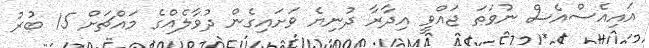
އައިއެސްއެސް ނުވަތަ ޖައްވީ އިދާރާ ދުނިޔެ ވަށައިގެން ދުވާލެއްގެ މައްޗަށް 15 ބުރު